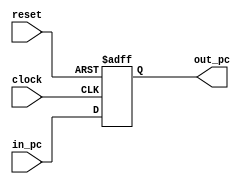
`timescale 1ns / 1ps


module pc(
    clock, reset, in_pc, out_pc
    );
    input clock, reset;
    input [7:0] in_pc ;
    output reg [7:0] out_pc;
    
    always@(posedge clock or posedge reset)
    begin
    if(reset) 
        out_pc<=8'd0;
    else 
        out_pc <= in_pc;
    end
endmodule